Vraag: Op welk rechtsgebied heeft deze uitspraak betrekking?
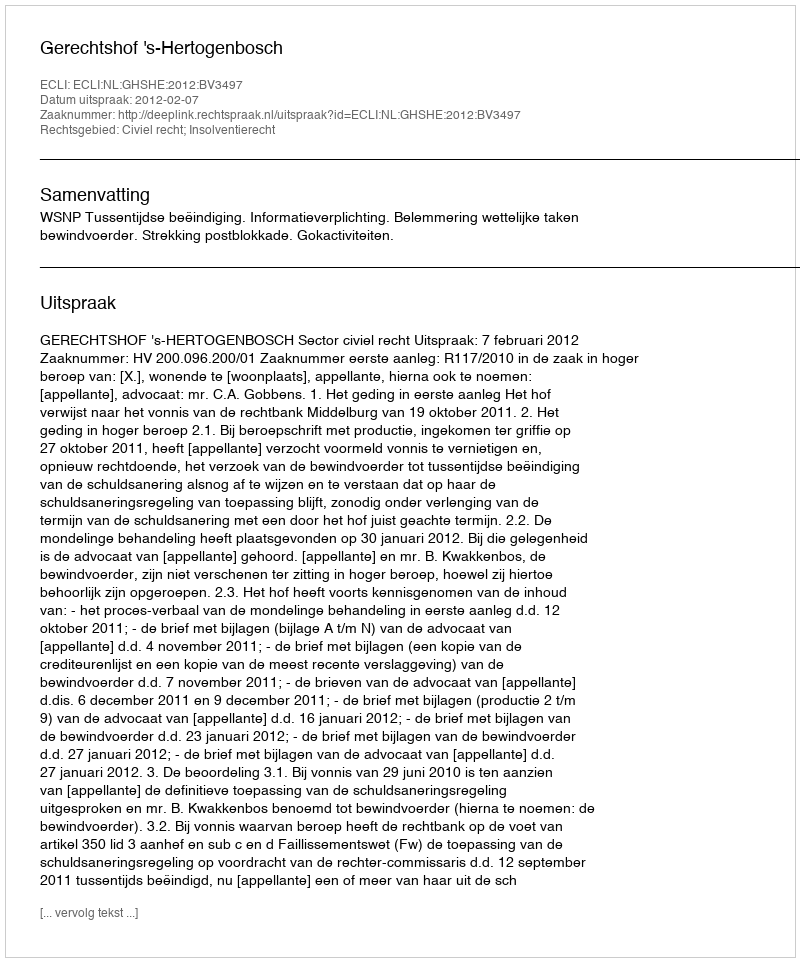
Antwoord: Civiel recht; Insolventierecht